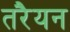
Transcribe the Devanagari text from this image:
तरैयन